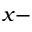
x -